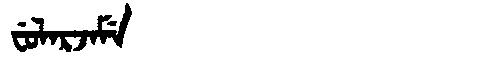
Manchu: ᠸᡠᠯᠠᡵᠵᠠᠮᡝ
Romanization: FULARJAME